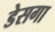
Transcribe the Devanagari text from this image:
डेसगा